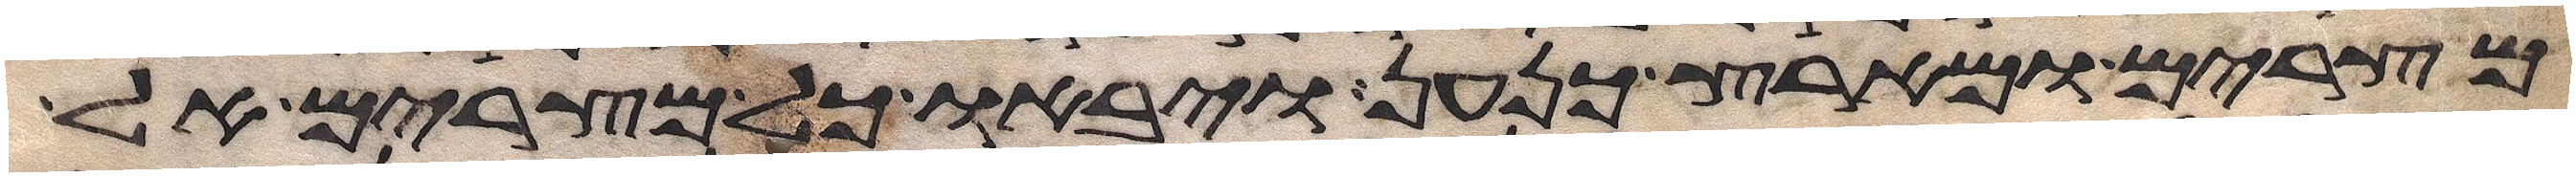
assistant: מצרים ומארץ כנען ויבאו כל מצרים אל